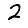
Digit: 2